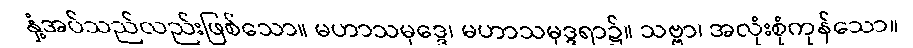
နှံ့အပ်သည်လည်းဖြစ်သော။ မဟာသမုဒ္ဒေ၊ မဟာသမုဒ္ဒရာ၌။ သဗ္ဗာ၊ အလုံးစုံကုန်သော။